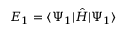
E _ { 1 } = \ensuremath { \langle \Psi _ { 1 } \vert } \hat { H } \ensuremath { \vert \Psi _ { 1 } \rangle }